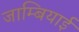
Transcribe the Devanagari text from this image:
जाम्बियाई